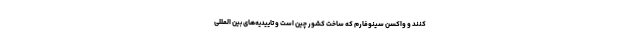
کنند و واکسن سینوفارم که ساخت کشور چین است و تاییدیه‌های بین المللی